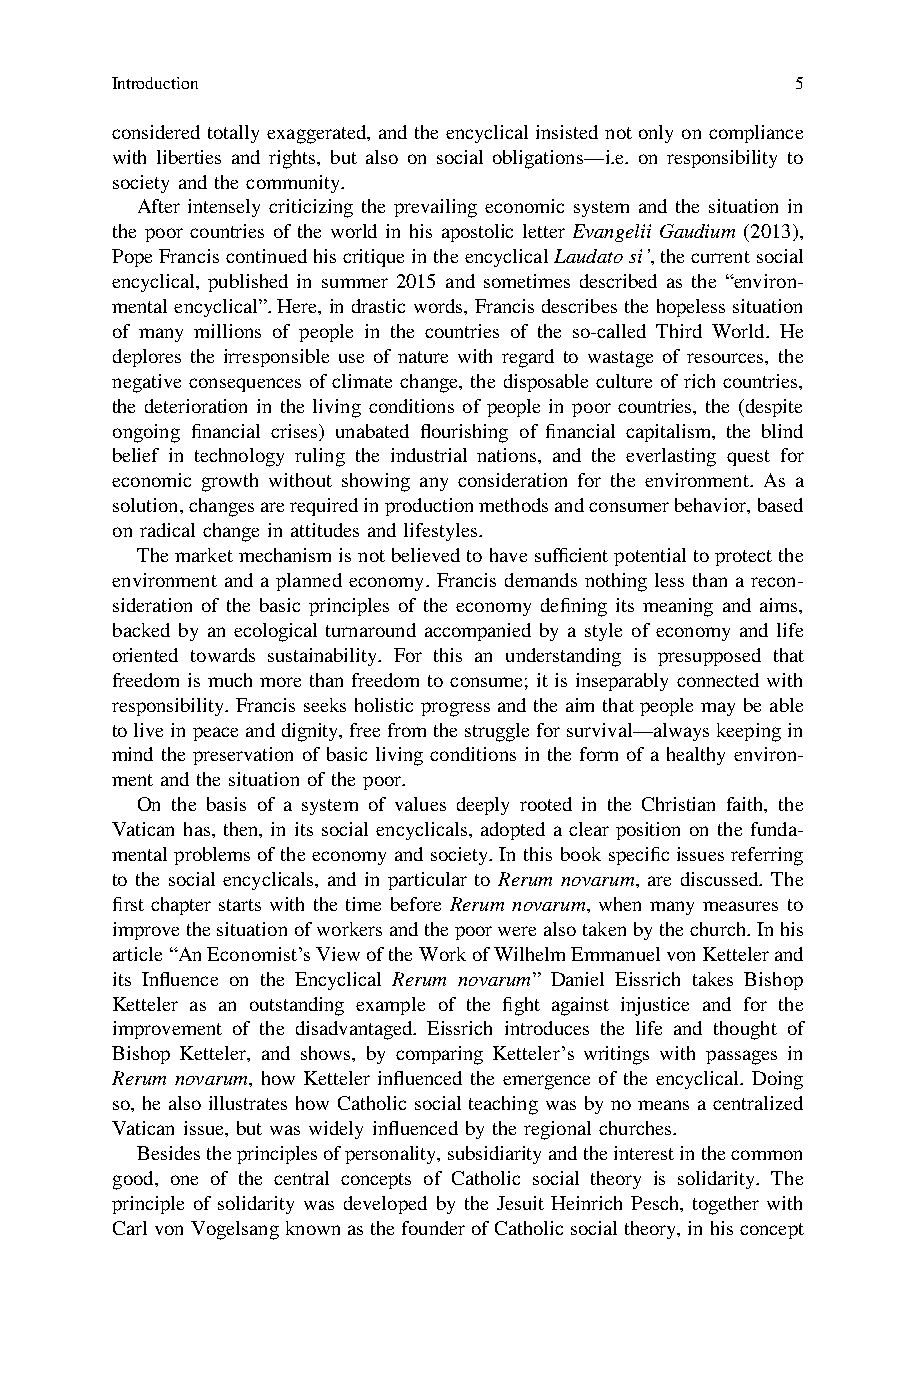
Introduction                                  5
 considered totally exaggerated, and the encyclical insisted not only on compliance
 with liberties and rights, but also on social obligations—i.e. on responsibility to
 society and the community.
 After intensely criticizing the prevailing economic system and the situation in
 the poor countries of the world in his apostolic letter Evangelii Gaudium (2013),
 PopeFranciscontinuedhiscritiqueintheencyclicalLaudatosi’,thecurrentsocial
 encyclical, published in summer 2015 and sometimes described as the “environ-
 mentalencyclical”. Here, in drastic words, Francisdescribesthe hopelesssituation
 of many millions of people in the countries of the so-called Third World. He
 deplores the irresponsible use of nature with regard to wastage of resources, the
 negative consequences of climate change, the disposable culture of rich countries,
 the deterioration in the living conditions of people in poor countries, the (despite
 ongoing financial crises) unabated flourishing of financial capitalism, the blind
 belief in technology ruling the industrial nations, and the everlasting quest for
 economic growth without showing any consideration for the environment. As a
 solution,changesarerequiredinproductionmethodsandconsumerbehavior,based
 on radical change in attitudes and lifestyles.
 Themarketmechanismisnotbelievedtohavesufficientpotentialtoprotectthe
 environment and a planned economy. Francis demands nothing less than a recon-
 sideration of the basic principles of the economy defining its meaning and aims,
 backed by an ecological turnaround accompanied by a style of economy and life
 oriented towards sustainability. For this an understanding is presupposed that
 freedom is much more than freedom to consume; it is inseparably connected with
 responsibility. Francis seeks holistic progress and the aim that people may be able
 toliveinpeaceanddignity,freefromthestruggleforsurvival—alwayskeepingin
 mind the preservation of basic living conditions in the form of a healthy environ-
 ment and the situation of the poor.
 On the basis of a system of values deeply rooted in the Christian faith, the
 Vatican has, then, in its social encyclicals, adopted a clear position on the funda-
 mentalproblems of the economy and society.In this book specific issues referring
 to the social encyclicals, and in particular to Rerum novarum, are discussed. The
 first chapter starts with the time before Rerum novarum, when many measures to
 improvethesituationofworkersandthepoorwerealsotakenbythechurch.Inhis
 article“AnEconomist’sViewoftheWorkofWilhelmEmmanuelvonKettelerand
 its Influence on the Encyclical Rerum novarum” Daniel Eissrich takes Bishop
 Ketteler as an outstanding example of the fight against injustice and for the
 improvement of the disadvantaged. Eissrich introduces the life and thought of
 Bishop Ketteler, and shows, by comparing Ketteler’s writings with passages in
 Rerum novarum, how Ketteler influenced the emergence of the encyclical. Doing
 so, he also illustrates how Catholic social teaching was by no means a centralized
 Vatican issue, but was widely influenced by the regional churches.
 Besidestheprinciplesofpersonality,subsidiarityandtheinterestinthecommon
 good, one of the central concepts of Catholic social theory is solidarity. The
 principle of solidarity was developed by the Jesuit Heinrich Pesch, together with
 CarlvonVogelsangknownasthefounderofCatholicsocialtheory,inhisconcept